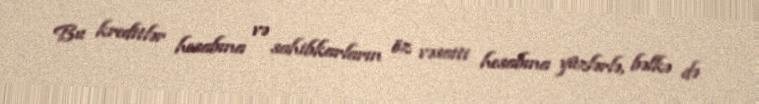
Bu kreditlər hesabına və sahibkarların öz vəsaiti hesabına yüzlərlə, bəlkə də